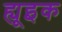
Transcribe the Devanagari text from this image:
ह्यूइक